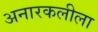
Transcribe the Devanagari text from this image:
अनारकलीला